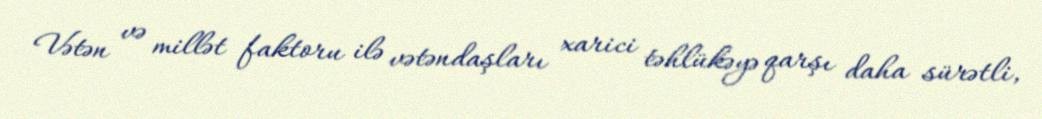
Vətən və millət faktoru ilə vətəndaşları xarici təhlükəyə qarşı daha sürətli,